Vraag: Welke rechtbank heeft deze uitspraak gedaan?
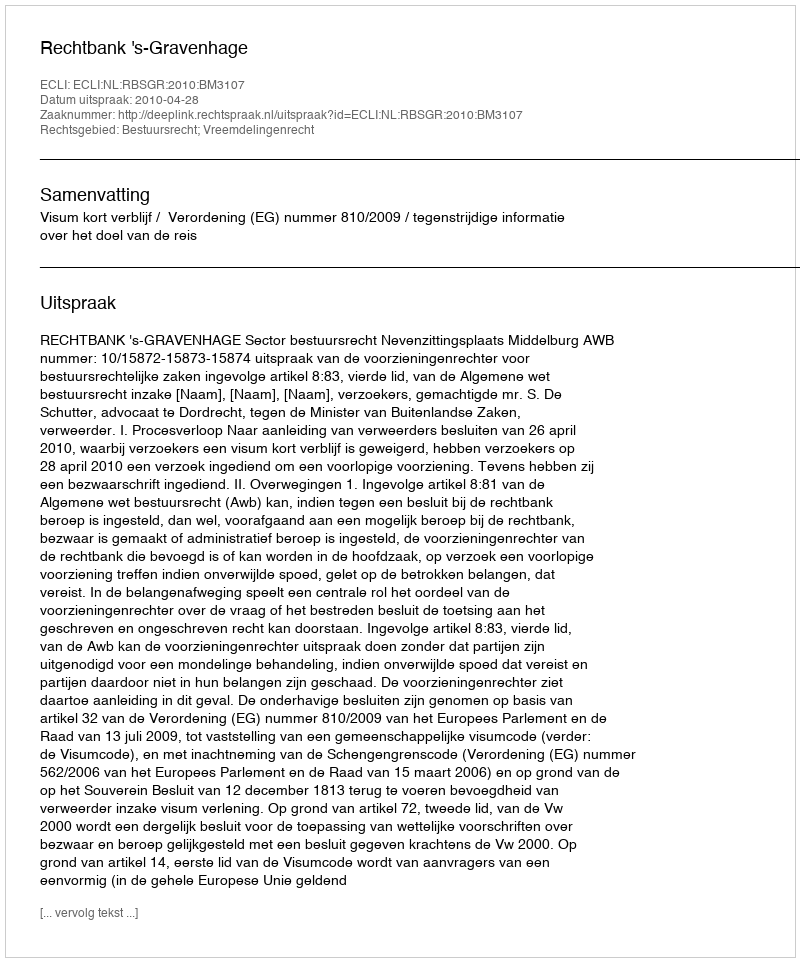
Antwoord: Rechtbank 's-Gravenhage